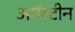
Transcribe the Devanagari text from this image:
अगॅस्टीन